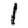
Digit: 1